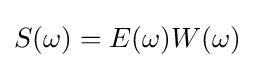
S(\omega )=E(\omega )W(\omega )